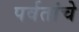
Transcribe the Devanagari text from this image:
पर्वतांचे